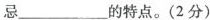
忌___的特点。(2分)